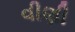
વીણી